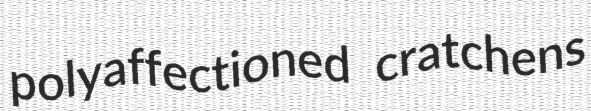
polyaffectioned cratchens